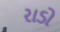
રાડો